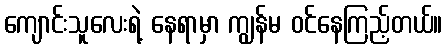
ကျောင်းသူလေးရဲ့ နေရာမှာ ကျွန်မ ဝင်နေကြည့်တယ်။